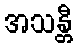
အသန္တီ